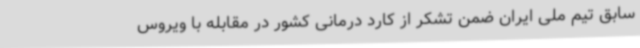
سابق تیم ملی ایران ضمن تشکر از کارد درمانی کشور در مقابله با ویروس